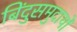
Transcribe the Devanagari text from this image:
बिंदुसमुदायों